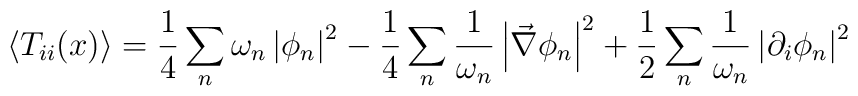
\left\langle T_{ii}(x)\right\rangle =\frac{1}{4}\sum_{n}\omega _{n}\left|\phi _{n}\right| ^{2}-\frac{1}{4}\sum_{n}\frac{1}{\omega _{n}}\left| \vec{\nabla}\phi _{n}\right| ^{2}+\frac{1}{2}\sum_{n}\frac{1}{\omega _{n}}\left|\partial _{i}\phi _{n}\right| ^{2}